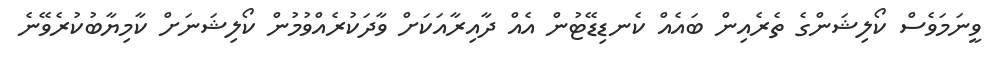
ވީނަމަވެސް ކޯލިޝަންގެ ތެރެއިން ބައެއް ކެނޑިޑޭޓުން އެއް ދާއިރާއަކަށް ވާދަކުރެއްވުމުން ކޯލިޝަނަށް ކާމިޔާބުކުރެވޭނެ